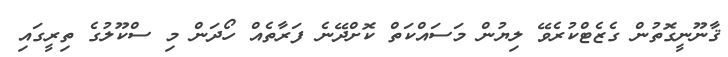
ޤާނޫނީގޮތުން ގެޒެޓްކުރެވޭ ލިޔުން މަސައްކަތް ކޮށްދޭނެ ފަރާތެއް ހޯދަން މި ސްކޫލުގެ ތިރީގައި